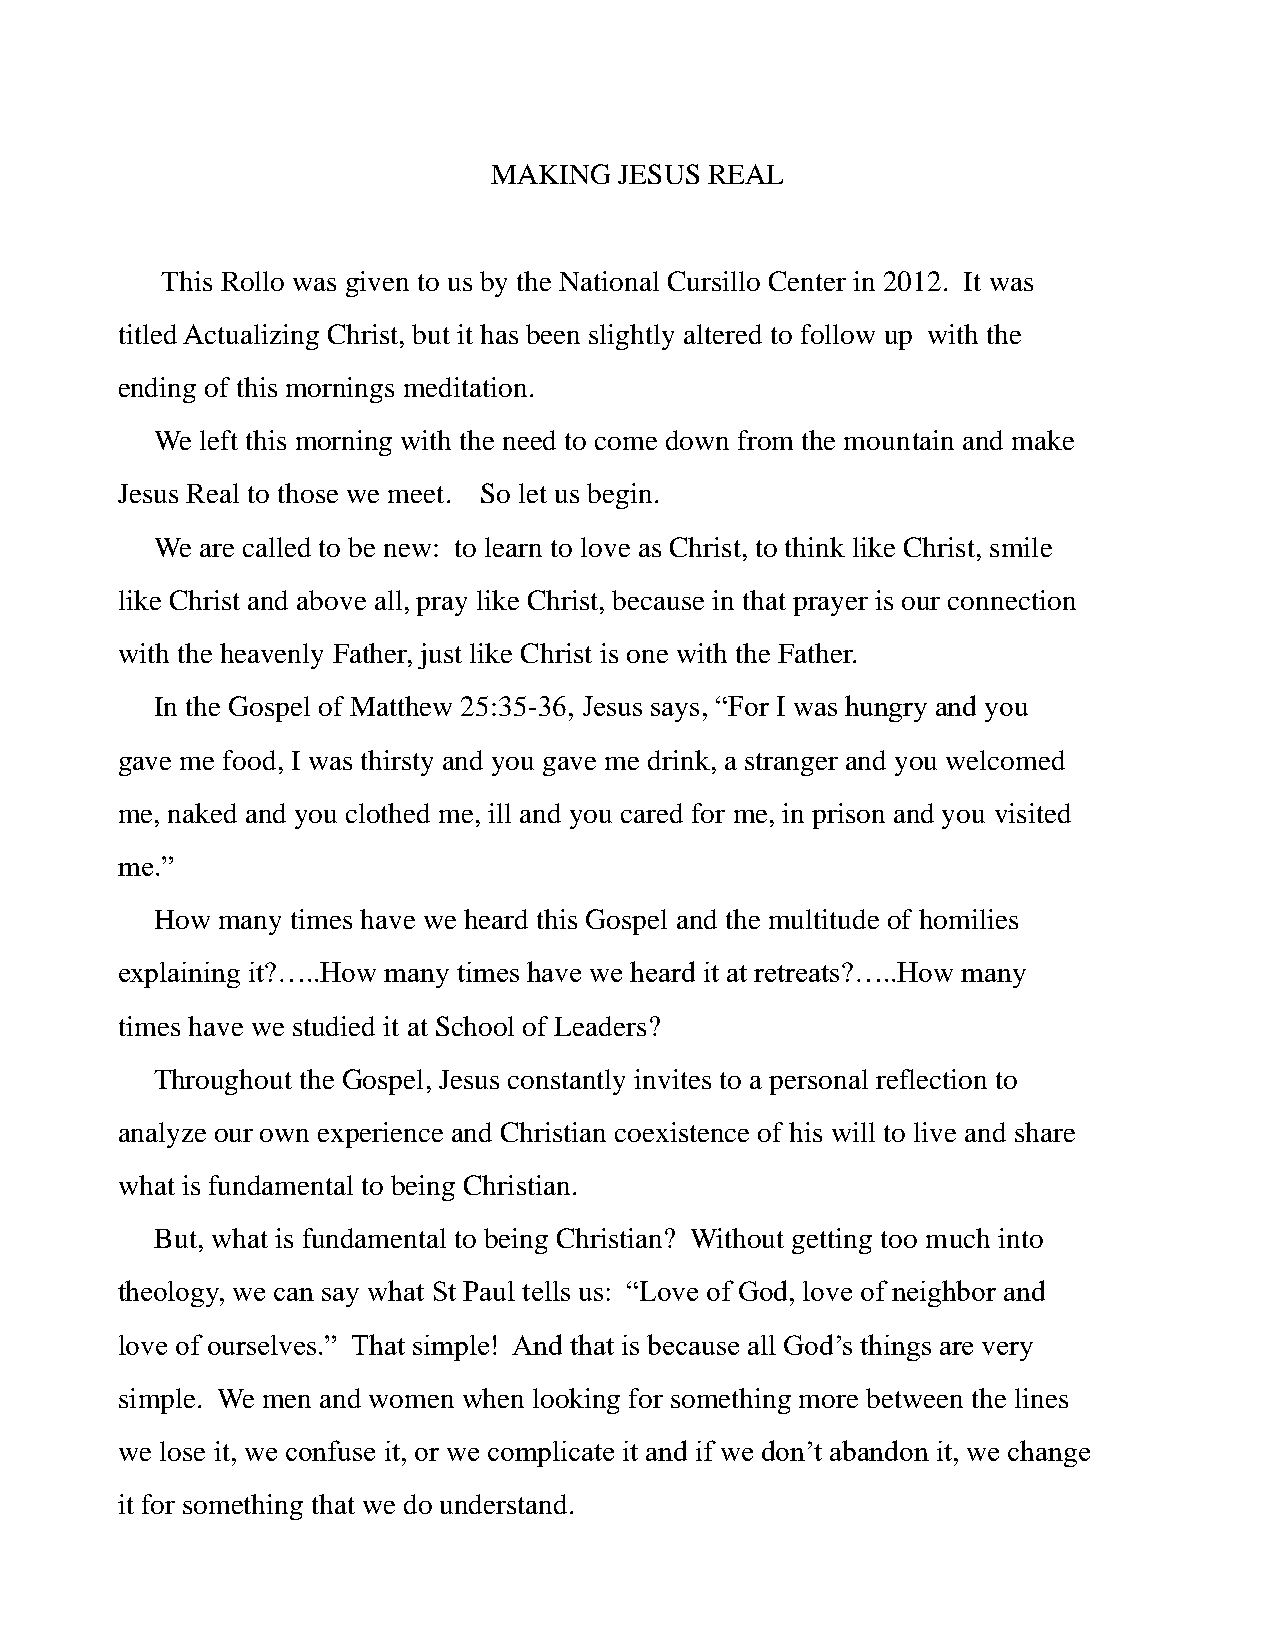
MAKING  JESUS REAL
 This Rollo was given to us by the National Cursillo Center in 2012. It was
 titled Actualizing Christ, but it has been slightly altered to follow up with the
 ending of this mornings meditation.
 We left this morning with the need to come down from the mountain and make
 Jesus Real to those we meet. So let us begin.
 We are called to be new: to learn to love as Christ, to think like Christ, smile
 like Christ and above all, pray like Christ, because in that prayer is our connection
 with the heavenly Father, just like Christ is one with the Father.
 In the Gospel of Matthew 25:35-36, Jesus says, “For I was hungry and you
 gave me food, I was thirsty and you gave me drink, a stranger and you welcomed
 me, naked and you clothed me, ill and you cared for me, in prison and you visited
 me.”
 How many times have we heard this Gospel and the multitude of homilies
 explaining it?…..How many times have we heard it at retreats?…..How many
 times have we studied it at School of Leaders?
 Throughout the Gospel, Jesus constantly invites to a personal reflection to
 analyze our own experience and Christian coexistence of his will to live and share
 what is fundamental to being Christian.
 But, what is fundamental to being Christian? Without getting too much into
 theology, we can say what St Paul tells us: “Love of God, love of neighbor and
 love of ourselves.” That simple! And that is because all God’s things are very
 simple. We men and women when looking for something more between the lines
 we lose it, we confuse it, or we complicate it and if we don’t abandon it, we change
 it for something that we do understand.